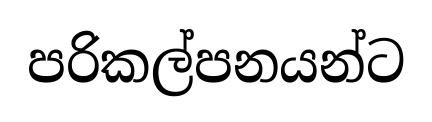
පරිකල්පනයන්ට